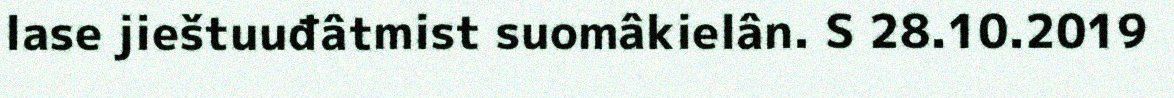
lase jieštuuđâtmist suomâkielân. S 28.10.2019